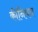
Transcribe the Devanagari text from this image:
कीनियन